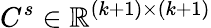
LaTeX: C^{s}\in\mathbb{R}^{(k+1)\times(k+1)}